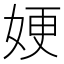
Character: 㛐